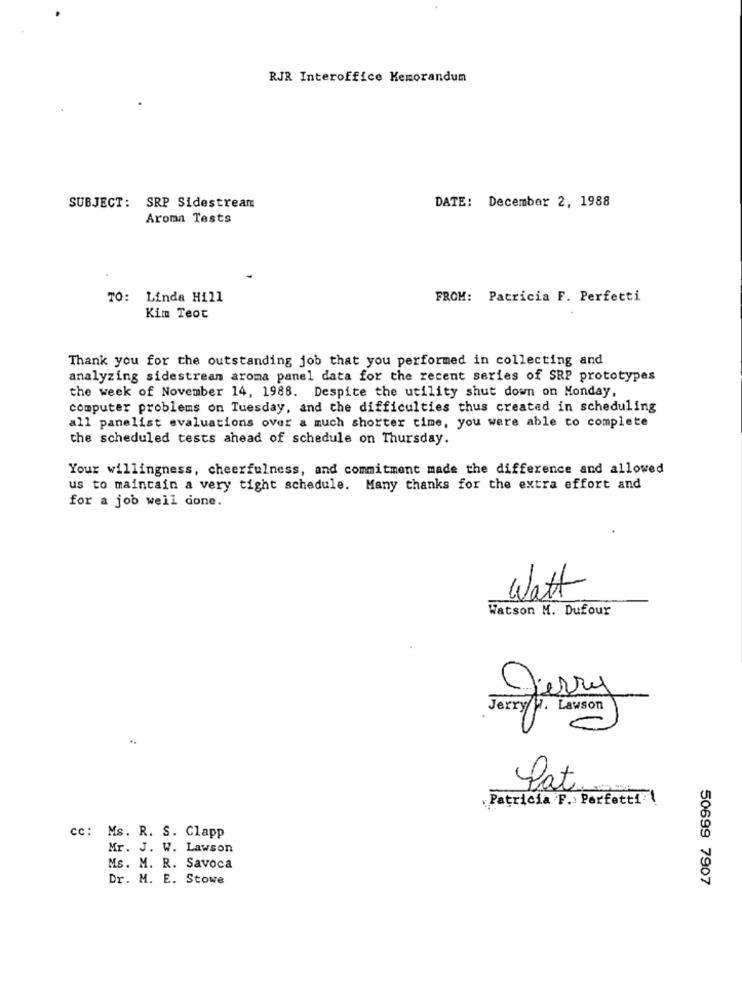
RJR Interoffice Memorandum
SUBJECT: SRP Sidestream
DATE: December 2, 1988
Aroma Tests
TO: Linda Hill
FROM: Patricia F. Perfetti
Kim Teot
Thank you for the outstanding job that you performed in collecting and
analyzing sidestream aroma panel data for the recent series of SRP prototypes
the week of November 14, 1988. Despite the utility shut down on Monday,
computer problems on Tuesday, and the difficulties thus created in scheduling
all panelist evaluations over a much shorter time, you were able to complete
the scheduled tests ahead of schedule on Thursday.
Your willingness, cheerfulness, and commitment made the difference and allowed
us to maintain a very tight schedule. Many thanks for the extra effort and
for a job well done.
Watt
Watson M. Dufour
Jerry W. Lawson
Jerry
Pat
Patricia F .: Perfetti
cc: Ms. R. S. Clapp
Mr. J. W. Lawson
Ms. M. R. Savoca
Dr. M. E. Stowe
50699 7907